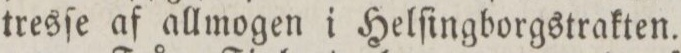
tresſe af allmogen i Helſingborgstrakten.